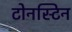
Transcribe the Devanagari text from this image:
टोनस्टिन